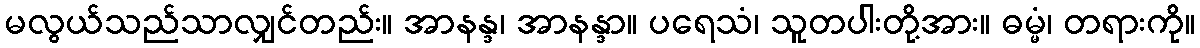
မလွယ်သည်သာလျှင်တည်း။ အာနန္ဒ၊ အာနန္ဒာ။ ပရေသံ၊ သူတပါးတို့အား။ ဓမ္မံ၊ တရားကို။